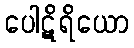
ပေါဋိရိယော